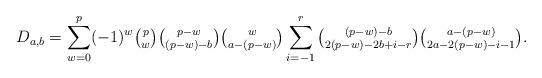
LaTeX: \begin{align*}D_{a,b} = \sum_{w=0}^{p} (-1)^w \tbinom pw \tbinom {p-w}{(p-w)-b} \tbinom w{a-(p-w)}\sum_{i=-1}^{r} \tbinom {(p-w)-b}{2(p-w)-2b+i-r} \tbinom {a-(p-w)}{2a-2(p-w)-i-1}.\end{align*}